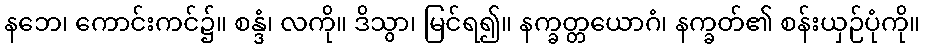
နဘေ၊ ကောင်းကင်၌။ စန္ဒံ၊ လကို။ ဒိသွာ၊ မြင်ရ၍။ နက္ခတ္တယောဂံ၊ နက္ခတ်၏ စန်းယှဉ်ပုံကို။